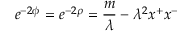
e ^ { - 2 \phi } = e ^ { - 2 \rho } = \frac { m } { \lambda } - \lambda ^ { 2 } x ^ { + } x ^ { - }